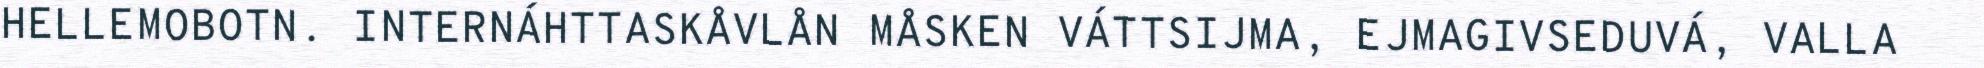
HELLEMOBOTN. INTERNÁHTTASKÅVLÅN MÅSKEN VÁTTSIJMA, EJMAGIVSEDUVÁ, VALLA